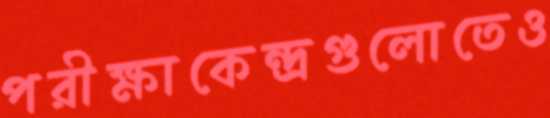
পরীক্ষাকেন্দ্রগুলোতেও